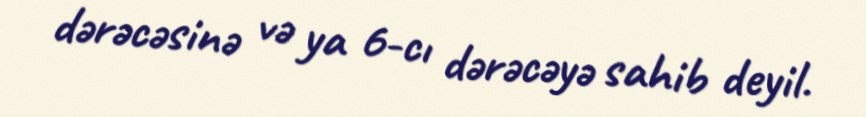
dərəcəsinə və ya 6-cı dərəcəyə sahib deyil.